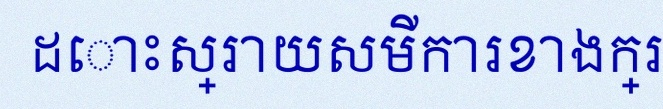
ដោះស្រាយសមីការខាងក្រោម